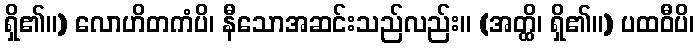
ရှိ၏။) လောဟိတကံပိ၊ နီသောအဆင်းသည်လည်း။ (အတ္ထိ၊ ရှိ၏။) ပထဝီပိ၊